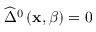
\widehat { \Delta } ^ { 0 } \left( \mathbf { x } , \beta \right) = 0